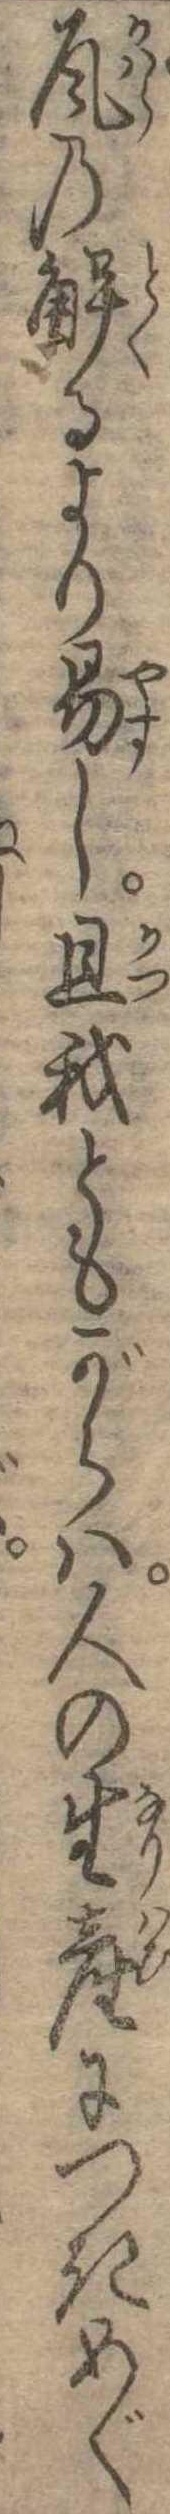
瓦の解るより易し且我ともがらは人の生産につきめぐ